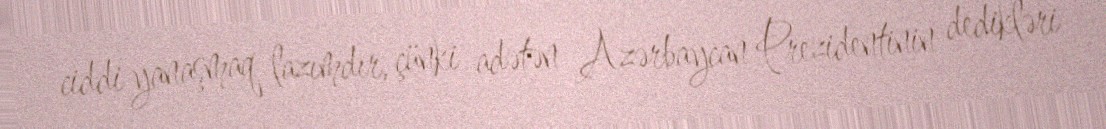
ciddi yanaşmaq lazımdır, çünki adətən Azərbaycan Prezidentinin dedikləri